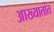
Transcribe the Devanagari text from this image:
आख्यातांत